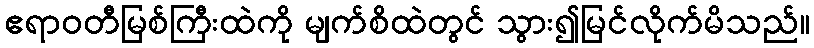
ဧရာဝတီမြစ်ကြီးထဲကို မျက်စိထဲတွင် သွား၍မြင်လိုက်မိသည်။